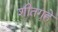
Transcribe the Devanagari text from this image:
शीतगृहे